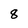
Character: 8